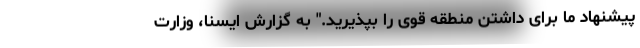
پیشنهاد ما برای داشتن منطقه قوی‌ را بپذیرید." به گزارش ایسنا، وزارت